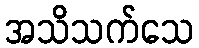
အသိသက်သေ